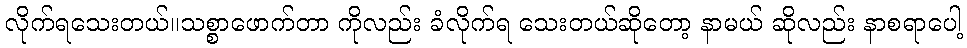
လိုက်ရသေးတယ်။သစ္စာဖောက်တာ ကိုလည်း ခံလိုက်ရ သေးတယ်ဆိုတော့ နာမယ် ဆိုလည်း နာစရာပေါ့